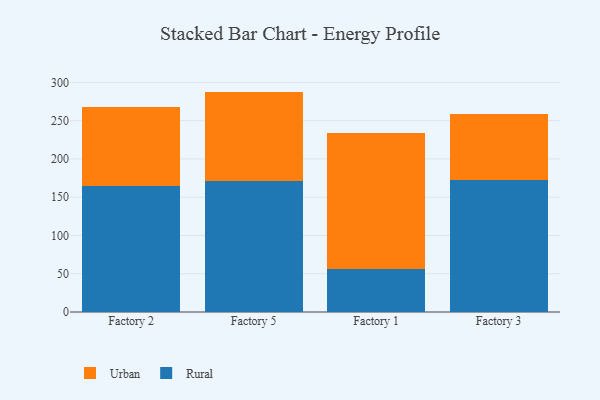
{"axis": {"x": "Factory", "y": "Inventory Turnover"}, "legend": ["Rural", "Urban"], "data": [{"x": "Factory 2", "y": 164.3, "type": "Rural"}, {"x": "Factory 2", "y": 104.0, "type": "Urban"}, {"x": "Factory 5", "y": 170.8, "type": "Rural"}, {"x": "Factory 5", "y": 117.2, "type": "Urban"}, {"x": "Factory 1", "y": 56.1, "type": "Rural"}, {"x": "Factory 1", "y": 178.0, "type": "Urban"}, {"x": "Factory 3", "y": 172.7, "type": "Rural"}, {"x": "Factory 3", "y": 86.4, "type": "Urban"}]}